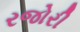
રજોરી